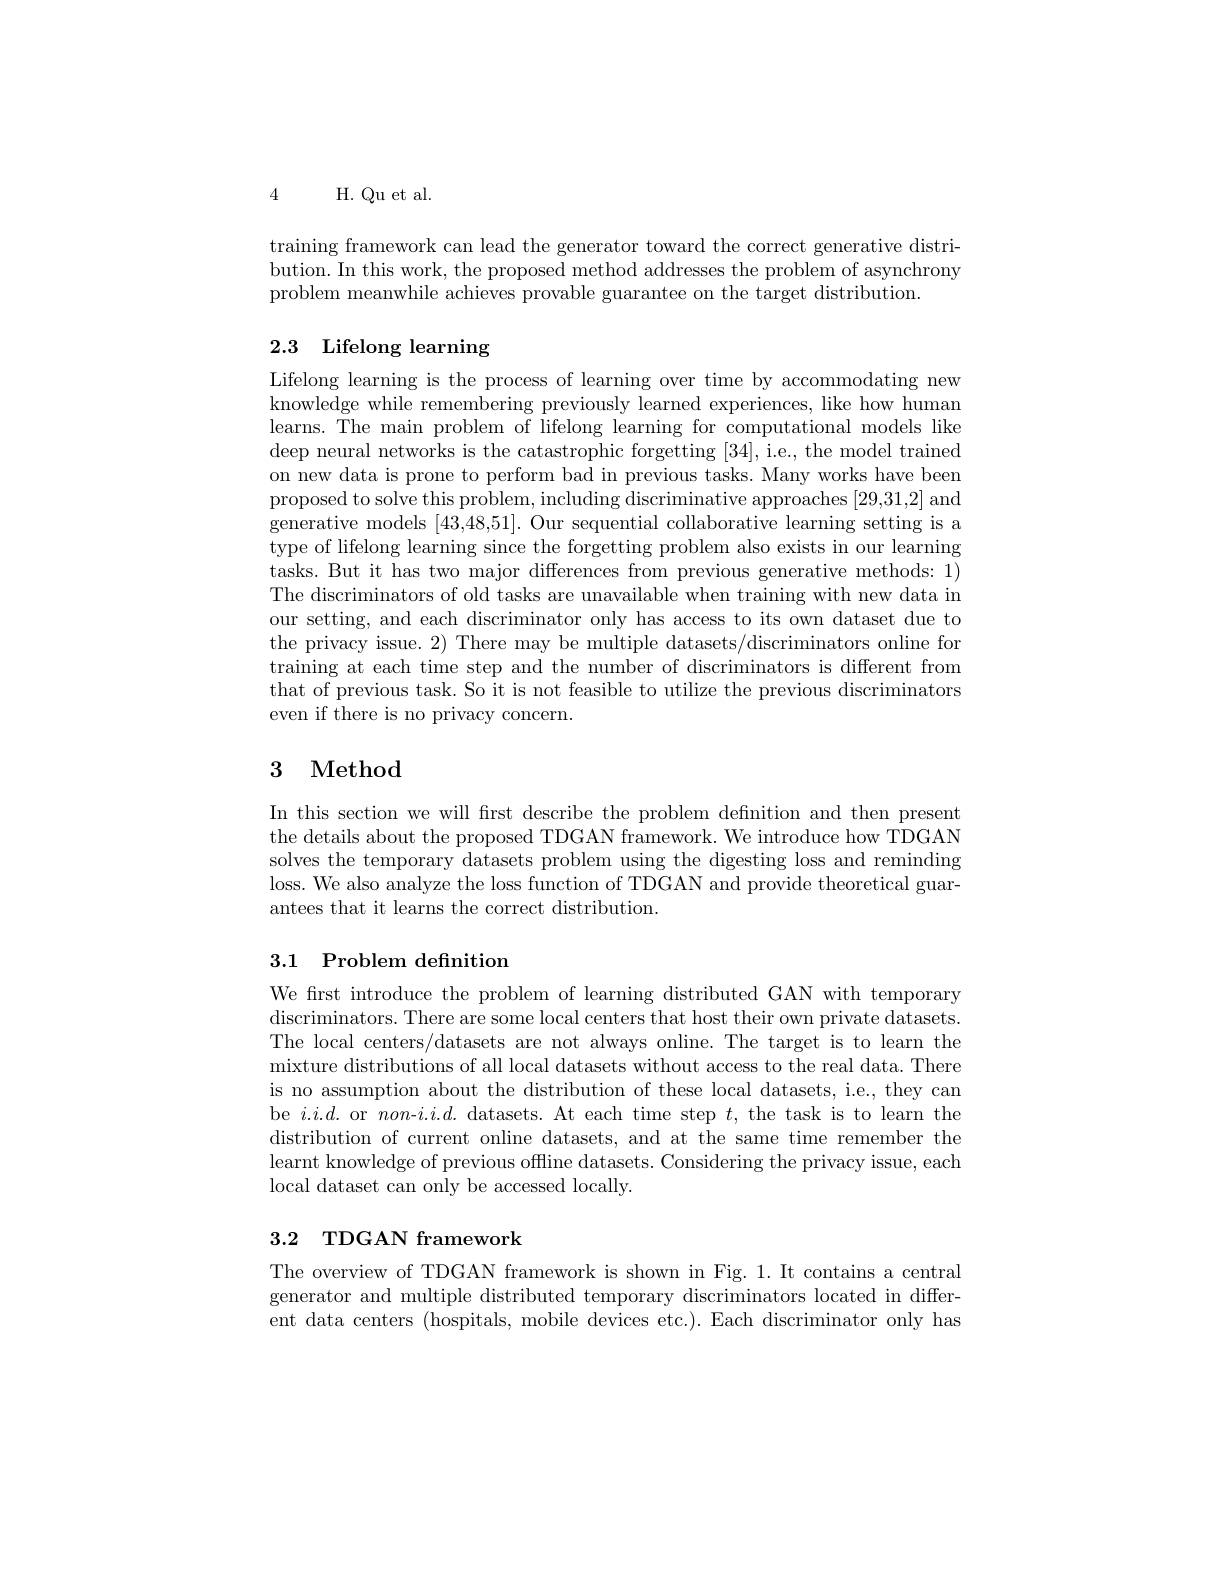
4 H. Qu et al.

training framework can lead the generator toward the correct generative distribution. In this work, the proposed method addresses the problem of asynchrony problem meanwhile achieves provable guarantee on the target distribution.

# 2.3 Lifelong learning

Lifelong learning is the process of learning over time by accommodating new knowledge while remembering previously learned experiences, like how human learns. The main problem of lifelong learning for computational models like deep neural networks is the catastrophic forgetting [34], i.e., the model trained on new data is prone to perform bad in previous tasks. Many works have been proposed to solve this problem, including discriminative approaches [29,31,2] and generative models [43,48,51]. Our sequential collaborative learning setting is a type of lifelong learning since the forgetting problem also exists in our learning tasks. But it has two major differences from previous generative methods: 1) The discriminators of old tasks are unavailable when training with new data in our setting, and each discriminator only has access to its own dataset due to the privacy issue. 2) There may be multiple datasets/discriminators online for training at each time step and the number of discriminators is different from that of previous task. So it is not feasible to utilize the previous discriminators even if there is no privacy concern.

## 3 Method

In this section we will frst describe the problem definition and then present the details about the proposed TDGAN framework. We introduce how TDGAN solves the temporary datasets problem using the digesting loss and reminding loss. We also analyze the loss function of TDGAN and provide theoretical guarantees that it learns the correct distribution.

## 3.1 Problem definition

We first introduce the problem of learning distributed GAN with temporary discriminators. There are some local centers that host their own private datasets. The local centers/datasets are not always online. The target is to learn the mixture distributions of all local datasets without access to the real data. There is no assumption about the distribution of these local datasets, i.e., they can be $i.i.d.$ or non-$i.i.d.$ datasets. At each time step $t$, the task is to learn the distribution of current online datasets, and at the same time remember the learnt knowledge of previous offline datasets. Considering the privacy issue, each local dataset can only be accessed locally.

# 3.2 TDGAN framework

The overview of TDGAN framework is shown in Fig.1.It contains a central generator and multiple distributed temporary discriminators located in different data centers (hospitals, mobile devices etc.). Each discriminator only has